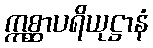
ဣစ္ဆာပရိယုဋ္ဌာနံ